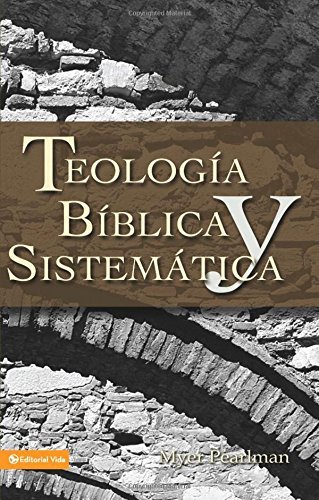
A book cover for TeologÃ­a bÃ­blica y sistemÃ¡tica; Myer Pearlman; Christian Books & Bibles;